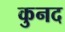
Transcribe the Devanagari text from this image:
कुनद